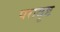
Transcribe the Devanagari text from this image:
परावृष्ट